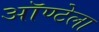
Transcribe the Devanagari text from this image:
ऑण्टेला